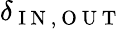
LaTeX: \delta_{\mathrm{~I~N~},\mathrm{~O~U~T~}}